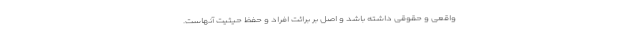
واقعی و حقوقی داشته باشد و اصل بر برائت افراد و حفظ حیثیت آنهاست.